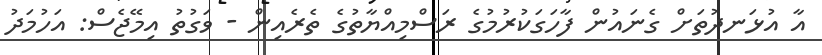
އާ އުޅަނދުތަށް ގެނައުން ފާހަގަކުރުމުގެ ރަސްމިއްޔާތުގެ ތެރެއިން - ވަގުތު އިމޭޖެސް: އަހުމަދު